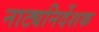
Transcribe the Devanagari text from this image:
नाट्यनिर्देशक